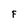
Character: F